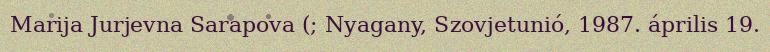
Marija Jurjevna Sarapova (; Nyagany, Szovjetunió, 1987. április 19.